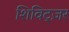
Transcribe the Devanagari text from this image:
शिविट्ज़र